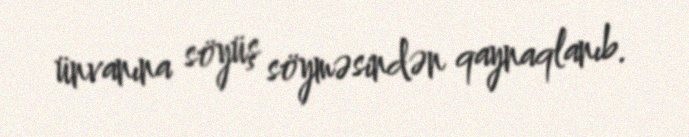
ünvanına söyüş söyməsindən qaynaqlanıb.